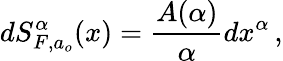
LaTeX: dS_{F,a_{o}}^{\alpha}(x)=\frac{A(\alpha)}{\alpha}dx^{\alpha}\, ,